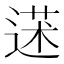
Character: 𦳯